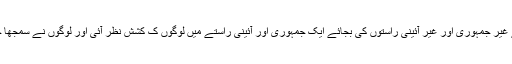
انتشار فکر کے شکار سماج میں تبدیلی کے لیے غیر جمہوری اور غیر آئینی راستوں کی بجائے ایک جمہوری اور آئینی راستے میں لوگوں ک کشش نظر آئی اور لوگوں نے سمجھا جمہوریت کے ذریعے حقیقی تبدیلی آ سکتی ہے۔